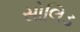
સોલિડ